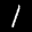
Label: 1